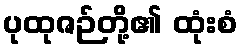
ပုထုဇဉ်တို့၏ ထုံးစံ